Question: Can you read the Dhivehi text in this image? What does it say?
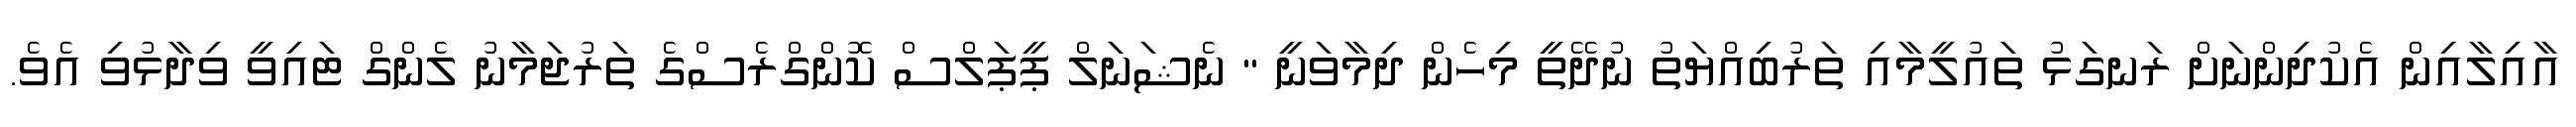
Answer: އާއިލާއިން އެކުދިންނަށް ރަނގަޅު ތައުލީމާއި ތަރުބިއްޔަތު ނުދޭތީ މިހެން ދިމާވަނީ " ނެޝަނަލް ޕީޕަލްސް ކޮންގްރެސްގެ ތަރުޖަމާނު ލެންގް ޓައިވީ ވިދާޅުވި އެވެ.